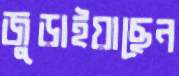
জুড়াইয়াছেন